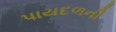
પાયદળની